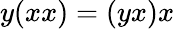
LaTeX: y(xx)=(yx)x